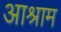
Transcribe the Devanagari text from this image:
आश्राम